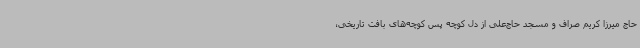
حاج میرزا کریم صراف و مسجد حاج‌علی از دل کوچه پس کوچه‌های بافت تاریخی،